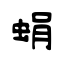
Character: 蜎